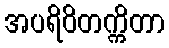
အပရိဝိတက္ကိတာ